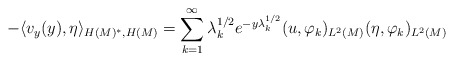
\begin{align*}-\langle v_y(y), \eta \rangle_{H(M)^*, H(M)} = \sum_{k=1}^\infty \lambda_k^{1\slash 2}e^{-y\lambda_k^{1\slash 2}}(u,\varphi_k)_{L^2(M)}(\eta,\varphi_k)_{L^2(M)}\end{align*}